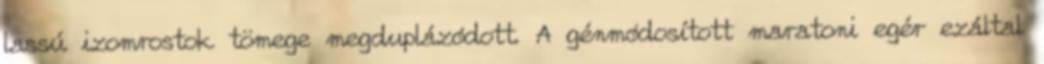
lassú izomrostok tömege megduplázódott. A génmódosított maratoni egér ezáltal